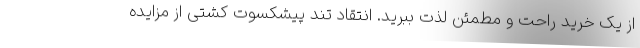
از یک خرید راحت و مطمئن لذت ببرید. انتقاد تند پیشکسوت کشتی از مزایده